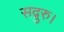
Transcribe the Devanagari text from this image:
सद्गुरु।